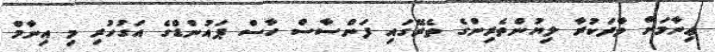
ޢިނާމަށް ވާދަކުރާ ލިޔުންތެރިންގެ ތެރޭގައި ފަންސާސް ހާސް ޕައުންޑްގެ އަގުހުރި މި އިނާމް